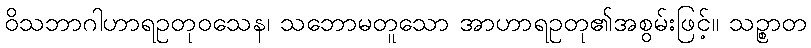
ဝိသဘာဂါဟာရဥတုဝသေန၊ သဘောမတူသော အာဟာရဥတု၏အစွမ်းဖြင့်။ သဉ္စာတ